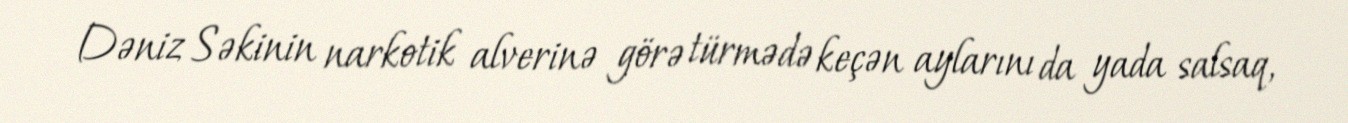
Dəniz Səkinin narkotik alverinə görə türmədə keçən aylarını da yada salsaq,